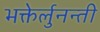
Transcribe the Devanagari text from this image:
भक्तेर्लुनन्ती